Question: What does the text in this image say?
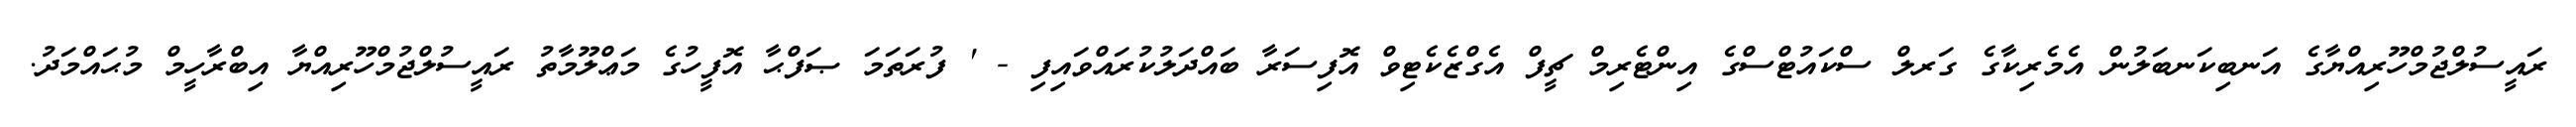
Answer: ރައީސުލްޖުމްހޫރިއްޔާގެ އަނބިކަނބަލުން އެމެރިކާގެ ގަރލް ސްކައުޓްސްގެ އިންޓެރިމް ޗީފް އެގްޒެކެޓިވް އޮފިސަރާ ބައްދަލުކުރައްވައިފި - ' ފުރަތަމަ ޞަފްޙާ އޮފީހުގެ މަޢްލޫމާތު ރައީސުލްޖުމްހޫރިއްޔާ އިބްރާހީމް މުޙައްމަދު.